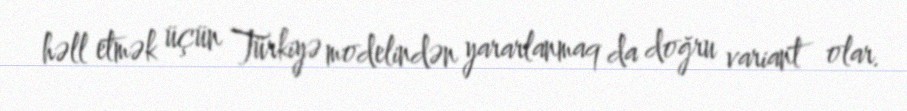
həll etmək üçün Türkiyə modelindən yararlanmaq da doğru variant olar.